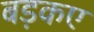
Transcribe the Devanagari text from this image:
बड़कए